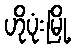
ဟိုပုံးမြို့